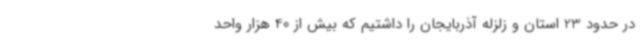
در حدود 23 استان و زلزله آذربایجان را داشتیم که بیش از 40 هزار واحد